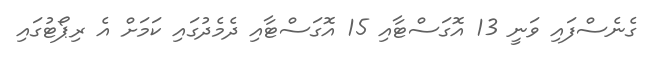
ގެނެސްފައި ވަނީ 13 އޮގަސްޓާއި 15 އޮގަސްޓާއި ދެމެދުގައި ކަމަށް އެ ރިޕޯޓުގައި